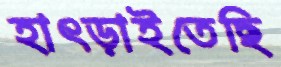
হাৎড়াইতেছি